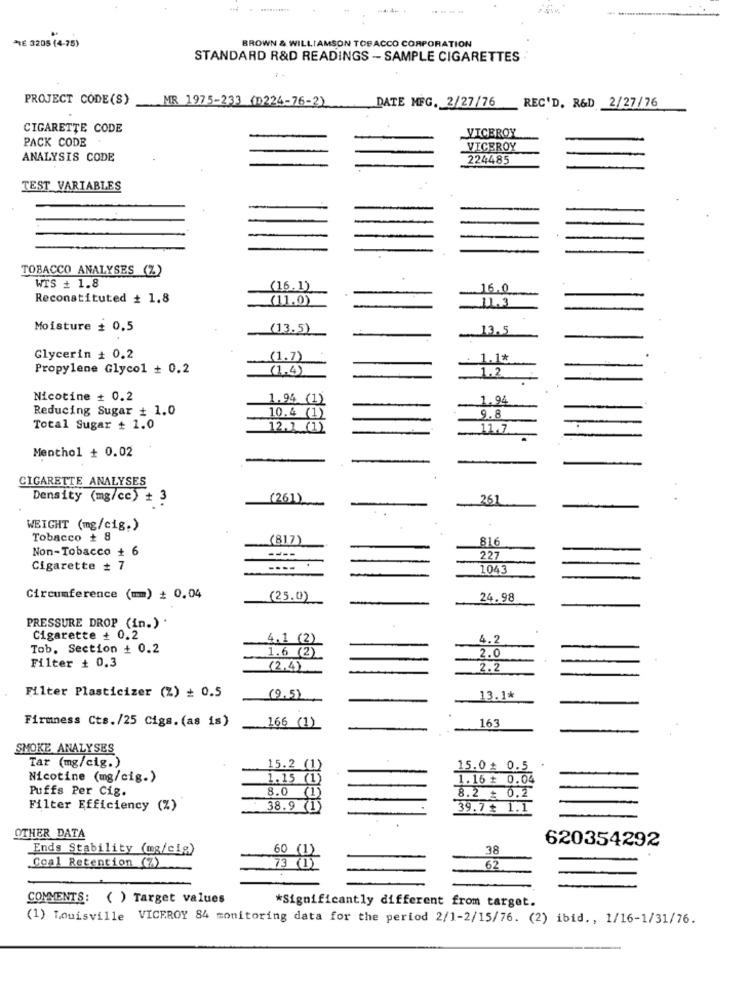
*E 3205 (4-75)
BROWN & WILLIAMSON TOBACCO CORPORATION
STANDARD R&D READINGS - SAMPLE CIGARETTES
PROJECT CODE(S)
MR 1975-233 (0224-76-2)
DATE MFG. 2/27/76
REC'D. R&D 2/27/76
CIGARETTE CODE
VICEROY
PACK CODE
VICEROY
ANALYSIS CODE
224485
TEST VARIABLES
TOBACCO ANALYSES (Z)
WIS + 1.8
(16.1)
16.0
Reconstituted + 1.8
(11.0)
11.3
Moisture # 0,5
(13.5)
.13, 5
-
Glycerin + 0.2
(1.7)
1.1*
Propylene Glycol + 0.2
(1.4)
1.2
Nicotine + 0.2
1.94 (1)
1.94
Reducing Sugar + 1.0
10.4 (1)
9.8
Total Sugar + 1.0
12.7 (1)
.... 11.7
Menthol + 0.02
CIGARETTE ANALYSES
Density (mg/cc) + 3
(261)
261
..
WEIGHT (mg/cig.)
Tobacco + 8
(817)
816
Non-Tobacco +
227
Cigarette + 7
----
1043
Circumference (mm) + 0,04
(25.0)
24.98
PRESSURE DROP (in.) .
Cigarette + 0.2
4.1
(2)
4.2
Tob. Section + 0.2
1.6 (2)
2.0
Filter + 0.3
(2.4)
2.2
Filter Plasticizer (%) = 0.5
(9,5)
13.1*
Firmness Cts./25 Cigs. (as is)
163
166 (1)
SMOKE ANALYSES
15.2
Tar (mg/cig.)
(1)
15.0 0.5
Nicotine (mg/cig.)
1.15 (1)
1.16 # 0.04
Puffs Per Cig.
8.0
(1)
8.2 + 0.2
Filter Efficiency (%)
38.9 (1)
39.7 + 1.1
.
OTHER DATA
620354292
Ends Stability (mg/cig)
60
38
Coal Retention (7)
73 (1)
62
COMMENTS: ( ) Target values
*Significantly different from target.
(1) Louisville VICEROY 84 monitoring data for the period 2/1-2/15/76. (2) ibid ., 1/16-1/31/76.